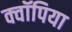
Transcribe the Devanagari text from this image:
क्वॉपिया